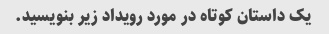
یک داستان کوتاه در مورد رویداد زیر بنویسید.